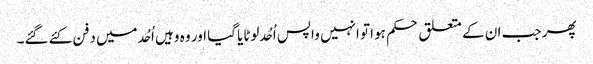
پھر جب ان کے متعلق حکم ہوا تو انہیں واپس اُحُد لوٹایا گیا اور وہ وہیں اُحُد میں دفن کئے گئے۔